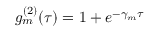
g _ { m } ^ { ( 2 ) } ( \tau ) = 1 + e ^ { - \gamma _ { m } \tau }